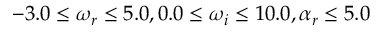
- 3 . 0 \le \omega _ { r } \le 5 . 0 , 0 . 0 \le \omega _ { i } \le 1 0 . 0 , \alpha _ { r } \le 5 . 0